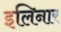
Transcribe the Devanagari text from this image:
इलिनार